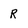
Character: r